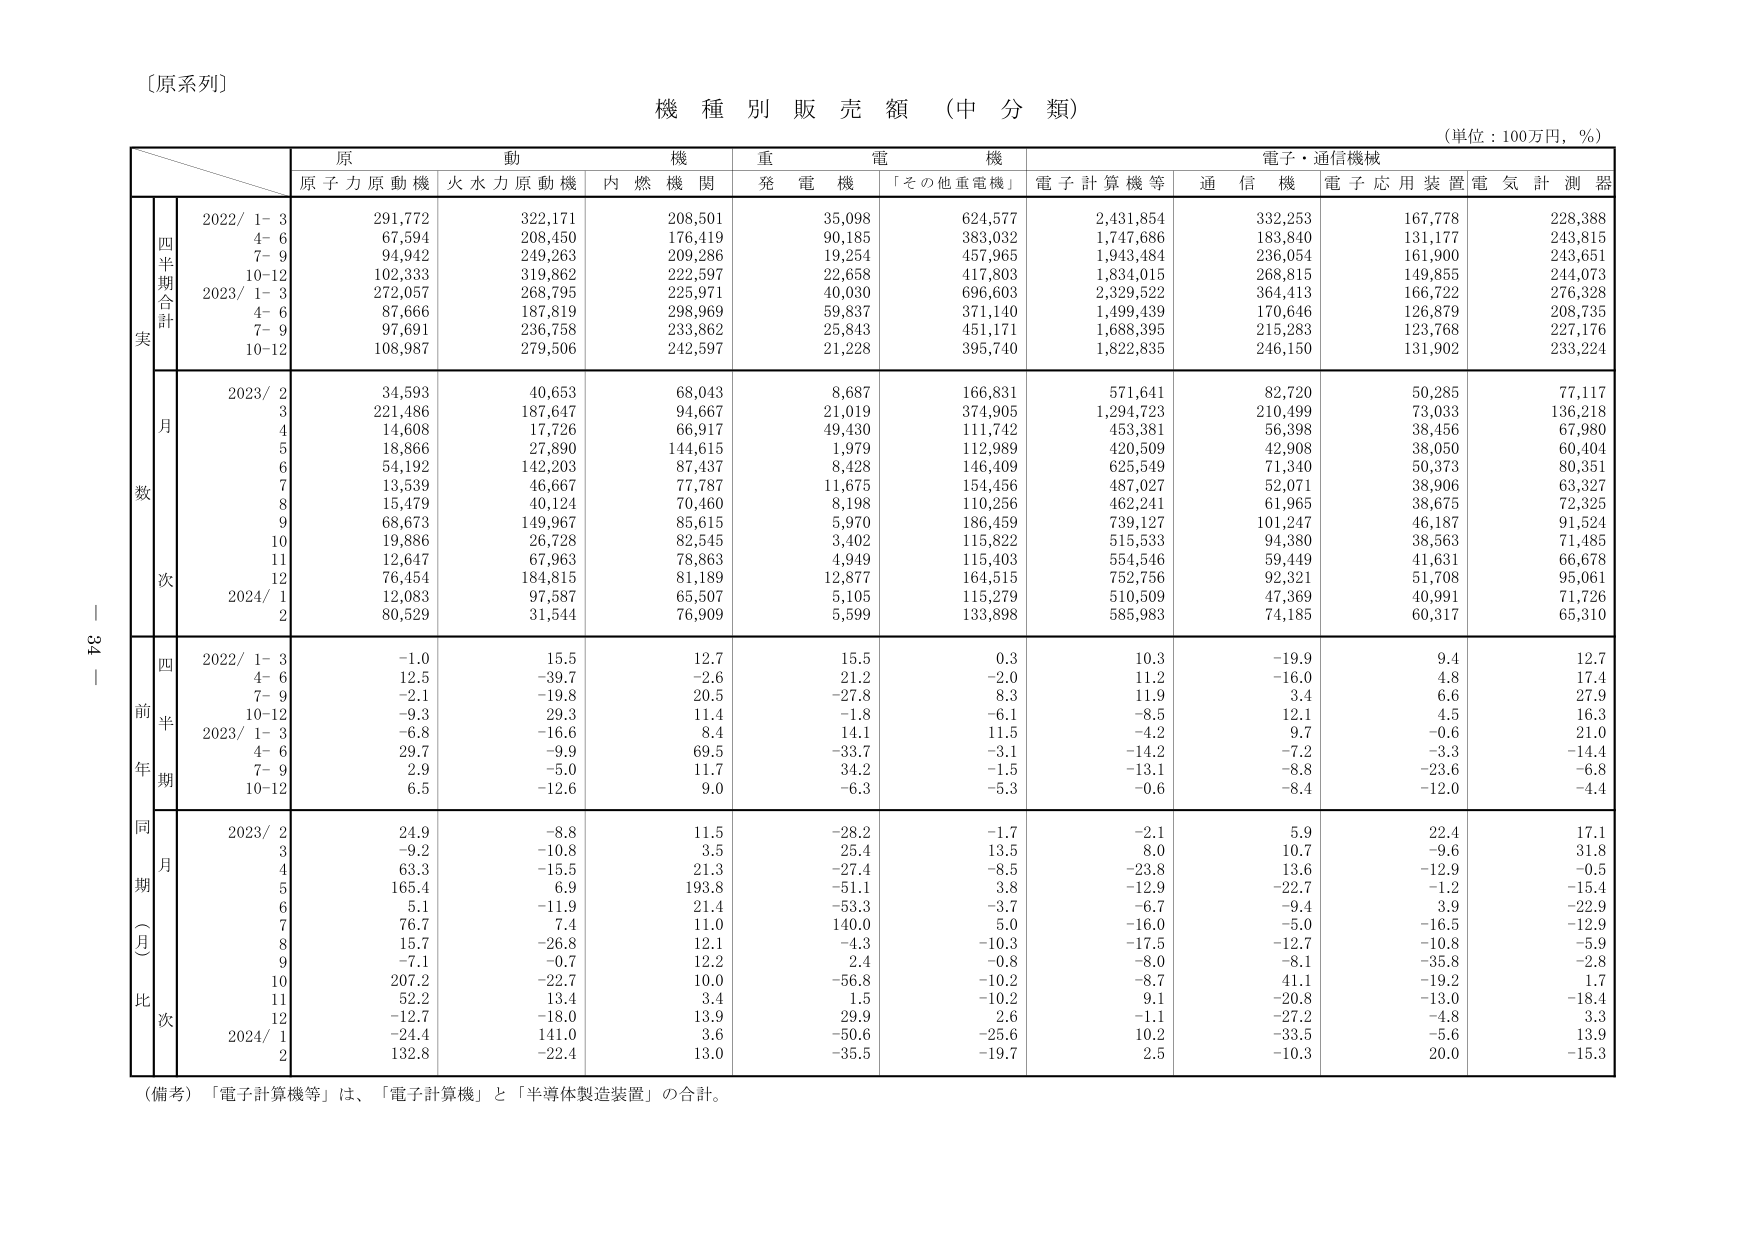
〔原系列〕

機 種 別 販 売 額 （中 分 類）

（単位：100万円，％）

原 動 機 重 電 機 電子・通信機械
原子力原動機 火水力原動機 内燃機関 発電機 「その他重電機」 電子計算機等 通信機 電子応用装置 電気計測器

四半期合計
2022/ 1- 3 291,772 322,171 208,501 35,098 624,577 2,431,854 332,253 167,778 228,388
4- 6 67,594 208,450 176,419 90,185 383,032 1,747,686 183,840 131,177 243,815
7- 9 94,942 249,263 209,286 19,254 457,965 1,943,484 236,054 161,900 243,651
10-12 102,333 319,862 222,597 22,658 417,803 1,834,015 268,815 149,855 244,073
2023/ 1- 3 272,057 268,795 225,971 40,030 696,603 2,329,522 364,413 166,722 276,328
4- 6 87,666 187,819 298,969 59,837 371,140 1,499,439 170,646 126,879 208,735
7- 9 97,691 236,758 233,862 25,843 451,171 1,688,395 215,283 123,768 227,176
10-12 108,987 279,506 242,597 21,228 395,740 1,822,835 246,150 131,902 233,224

月数
2023/ 2 34,593 40,653 68,043 8,687 166,831 571,641 82,720 50,285 77,117
3 221,486 187,647 94,667 21,019 374,905 1,294,723 210,499 73,033 136,218
4 14,608 17,726 66,917 49,430 111,742 453,381 56,398 38,456 67,980
5 18,866 27,890 144,615 1,979 112,989 420,509 42,908 38,050 60,404
6 54,192 142,203 87,437 8,428 146,409 625,549 71,340 50,373 80,351
7 13,539 46,667 77,787 11,675 154,456 487,027 52,071 38,906 63,327
8 15,479 40,124 70,460 8,198 110,256 462,241 61,965 38,675 72,325
9 68,673 149,967 85,615 5,970 186,459 739,127 101,247 46,187 91,524
10 19,886 26,728 82,545 3,402 115,822 515,533 94,380 38,563 71,485
11 12,647 67,963 78,863 4,949 115,403 554,546 59,449 41,631 66,678
12 76,454 184,815 81,189 12,877 164,515 752,756 92,321 51,708 95,061
2024/ 1 12,083 97,587 65,507 5,105 115,279 510,509 47,369 40,991 71,726
2 80,529 31,544 76,909 5,599 133,898 585,983 74,185 60,317 65,310

前年同期（月比）
四半期
2022/ 1- 3 -1.0 15.5 12.7 15.5 0.3 10.3 -19.9 9.4 12.7
4- 6 12.5 -39.7 -2.6 21.2 -2.0 11.2 -16.0 4.8 17.4
7- 9 -2.1 -19.8 20.5 -27.8 8.3 11.9 3.4 6.6 27.9
10-12 -9.3 29.3 11.4 -1.8 -6.1 -8.5 12.1 4.5 16.3
2023/ 1- 3 -6.8 -16.6 8.4 14.1 11.5 -4.2 9.7 -0.6 21.0
4- 6 29.7 -9.9 69.5 -33.7 -3.1 -14.2 -7.2 -3.3 -14.4
7- 9 2.9 -5.0 11.7 34.2 -1.5 -13.1 -8.8 -23.6 -6.8
10-12 6.5 -12.6 9.0 -6.3 -5.3 -0.6 -8.4 -12.0 -4.4

月比
2023/ 2 24.9 -8.8 11.5 -28.2 -1.7 -2.1 5.9 22.4 17.1
3 -9.2 -10.8 3.5 25.4 13.5 8.0 10.7 -9.6 31.8
4 63.3 -15.5 21.3 -27.4 -8.5 -23.8 13.6 -12.9 -0.5
5 165.4 6.9 193.8 -51.1 3.8 -12.9 -22.7 -1.2 -15.4
6 5.1 -11.9 21.4 -53.3 -3.7 -6.7 -9.4 3.9 -22.9
7 76.7 7.4 11.0 140.0 5.0 -16.0 -5.0 -16.5 -12.9
8 15.7 -26.8 12.1 -4.3 -10.3 -17.5 -12.7 -10.8 -5.9
9 -7.1 -0.7 12.2 2.4 -0.8 -8.0 -8.1 -35.8 -2.8
10 207.2 -22.7 10.0 -56.8 -10.2 -8.7 41.1 -19.2 1.7
11 52.2 13.4 3.4 1.5 -10.2 9.1 -20.8 -13.0 -18.4
12 -12.7 -18.0 13.9 29.9 2.6 -1.1 -27.2 -4.8 3.3
2024/ 1 -24.4 141.0 3.6 -50.6 -25.6 10.2 -33.5 -5.6 13.9
2 132.8 -22.4 13.0 -35.5 -19.7 2.5 -10.3 20.0 -15.3

（備考）「電子計算機等」は、「電子計算機」と「半導体製造装置」の合計。